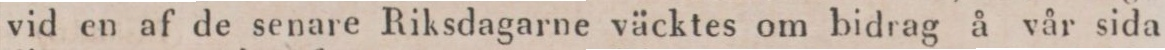
vid en af de senare Riksdagarne väcktes om bidrag å vår sida